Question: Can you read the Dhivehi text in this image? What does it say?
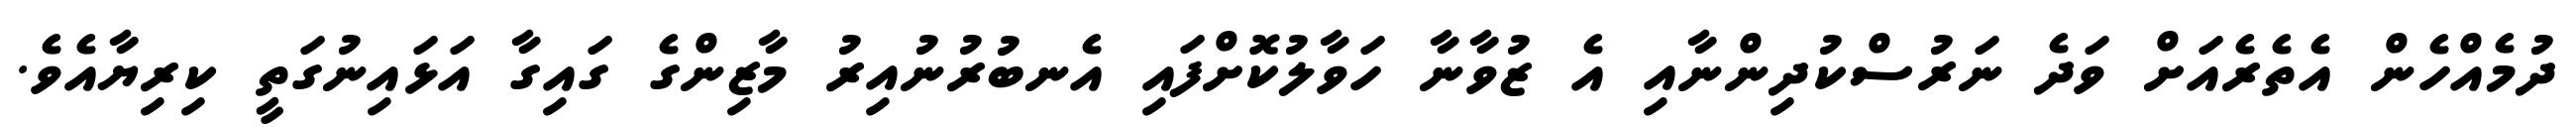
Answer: ދުމެއްހެން އެތެރެއަށް ވަދެ ނަރުސްކުދިންނާއި އެ ޒުވާނާ ހަވާލުކޮށްފައި އެނބުރުނުއިރު މާޒިންގެ ގައިގާ އަޅައިނުގަތީ ކިރިޔާއެވެ.